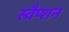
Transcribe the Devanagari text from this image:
स्वैप्शन